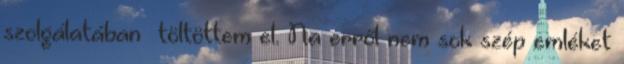
szolgálatában töltöttem el. Na erről nem sok szép emléket